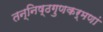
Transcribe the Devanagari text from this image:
तन्निष्ठगुणकर्मणां